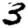
Digit: 3